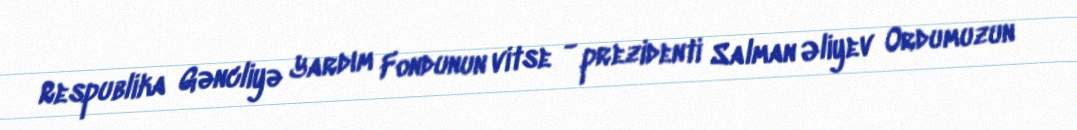
Respublika Gəncliyə Yardım Fondunun vitse - prezidenti Salman Əliyev Ordumuzun